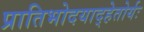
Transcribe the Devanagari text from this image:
प्रातिभोदयाद्हेतोर्यः